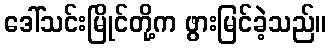
ဒေါ်သင်းမြိုင်တို့က ဖွားမြင်ခဲ့သည်။